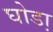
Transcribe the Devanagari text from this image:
घोडा़